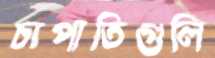
চাপাতিগুলি